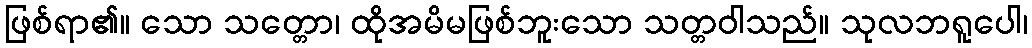
ဖြစ်ရာ၏။ သော သတ္တော၊ ထိုအမိမဖြစ်ဘူးသော သတ္တဝါသည်။ သုလဘရူပေါ၊